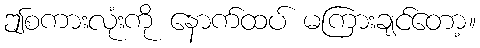
ဤစကားလုံးကို နောက်ထပ် မကြားချင်တော့။